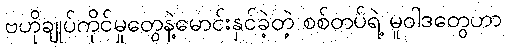
ဗဟိုချုပ်ကိုင်မှုတွေနဲ့မောင်းနှင်ခဲ့တဲ့ စစ်တပ်ရဲ့ မူဝါဒတွေဟာ